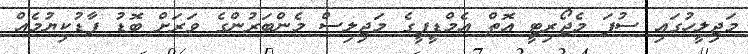
މަޖިލީހުގައި ސުޕަ މެޖޯރިޓީ އޮތް އެމްޑީޕީގެ މަޖިލިސް މެންބަރުންގެ ވަރަށް ބޮޑު ފާޑުކިޔުމެއް